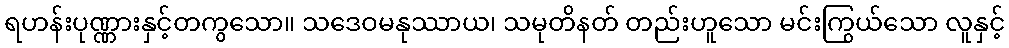
ရဟန်းပုဏ္ဏားနှင့်တကွသော။ သဒေဝမနုဿာယ၊ သမုတိနတ် တည်းဟူသော မင်းကြွယ်သော လူနှင့်